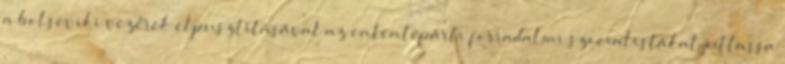
a bolseviki vezérek elpusztításával az ententepárti forradalmi szocialistákat juttassa